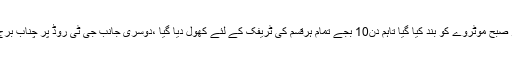
ترجمان موٹر وے پولیس کے مطابق دھند بڑھ جانے پر صبح موٹروے کو بند کیا گیا تاہم دن10 بجے تمام ہرقسم کی ٹریفک کے لئے کھول دیا گیا ،دوسری جانب جی ٹی روڈ پر چناب برج گجرات سے کامونکی تک بھی موٹر وے بند کی گئی۔